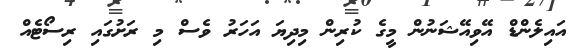
އައިލެންޑް އޭވިއޭޝަނުން މީގެ ކުރިން މިދިޔަ އަހަރު ވެސް މި ރަށުގައި ރިސޯޓެއް